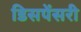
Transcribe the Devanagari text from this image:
डिसपेंसरी